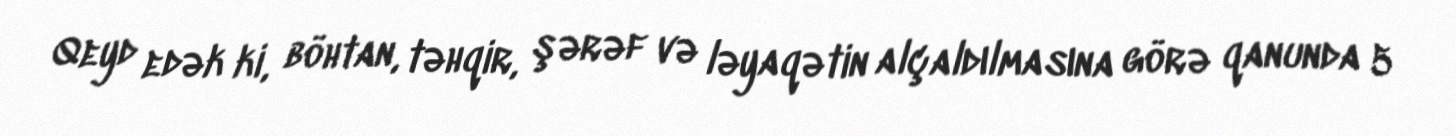
Qeyd edək ki, böhtan, təhqir, şərəf və ləyaqətin alçaldılmasına görə qanunda 5